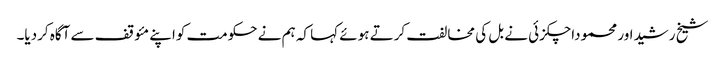
شیخ رشیداور محموداچکزئی نے بل کی مخالفت کرتے ہوئے کہا کہ ہم نے حکومت کواپنے مئوقف سے آگاہ کردیا۔